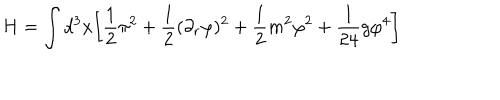
LaTeX: H = \int d ^ { 3 } x \biggl [ \frac { 1 } { 2 } \pi ^ { 2 } + \frac { 1 } { 2 } ( \partial _ { r } \varphi ) ^ { 2 } + \frac { 1 } { 2 } m ^ { 2 } \varphi ^ { 2 } + \frac { 1 } { 2 4 } g \varphi ^ { 4 } \biggr ]